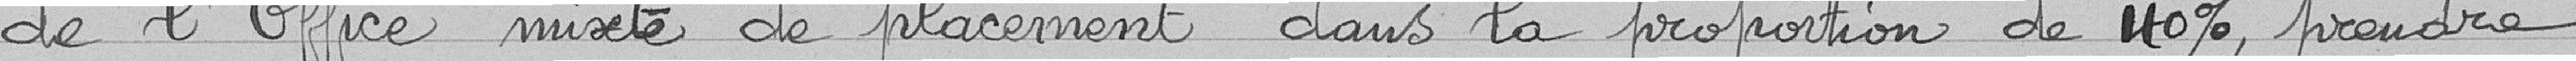
de l'Office mixte de placement dans la proportion de 40%; prendre